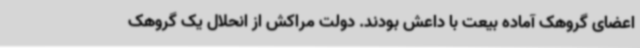
اعضای گروهک آماده بیعت با داعش بودند. دولت مراکش از انحلال یک گروهک